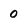
Character: 0